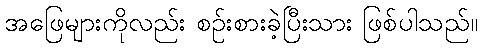
အဖြေများကိုလည်း စဉ်းစားခဲ့ပြီးသား ဖြစ်ပါသည်။